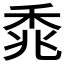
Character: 𫀰